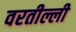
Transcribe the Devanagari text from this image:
वरतील्ली